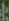
: